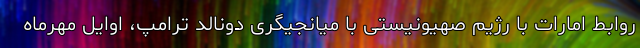
روابط امارات با رژیم صهیونیستی با میانجیگری دونالد ترامپ، اوایل مهرماه